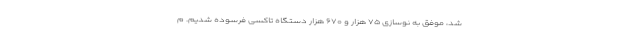
شد، موفق به نوسازی ۷۵ هزار و ۶۷۰ هزار دستگاه تاکسی فرسوده شدیم. م